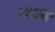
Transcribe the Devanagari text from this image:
घ्याव